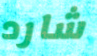
شارد